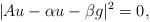
LaTeX: \begin{align*}|Au-\alpha u-\beta g|^2=0,\end{align*}